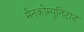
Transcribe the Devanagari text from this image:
मैनकोम्युनिटाट